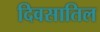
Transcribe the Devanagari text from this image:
दिवसातिल